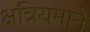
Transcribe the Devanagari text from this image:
क्षत्रियमाने